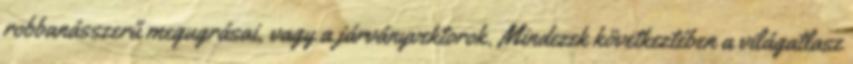
robbanásszerű megugrásai, vagy a járványvektorok. Mindezek következtében a világatlasz